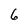
Character: 6